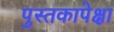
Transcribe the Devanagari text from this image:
पुस्तकापेक्षा